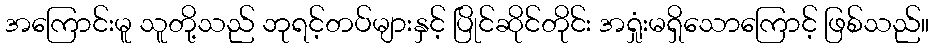
အကြောင်းမူ သူတို့သည် ဘုရင့်တပ်များနှင့် ပြိုင်ဆိုင်တိုင်း အရှုံးမရှိသောကြောင့် ဖြစ်သည်။